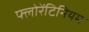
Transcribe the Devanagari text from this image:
फ्लोरेंटिनियम